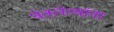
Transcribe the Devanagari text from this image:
घेतलेल्यांना